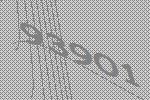
93901